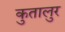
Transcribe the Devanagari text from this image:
कुतालुर